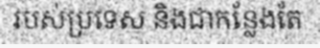
របស់ប្រទេស និងជាកន្លែងតែ